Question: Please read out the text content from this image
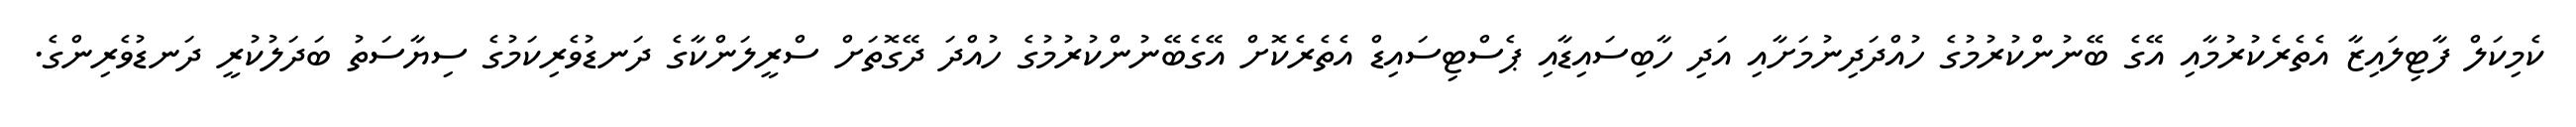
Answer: ކެމިކަލް ފާޓިލައިޒާ އެތެރެކުރުމާއި އޭގެ ބޭނުންކުރުމުގެ ހުއްދަދިނުމަށާއި އަދި ހާބިސައިޑާއި ޕެސްޓިސައިޑް އެތެރެކޮށް އޭގެބޭނުންކުރުމުގެ ހުއްދަ ދޭގޮތަށް ސްރީލަންކާގެ ދަނޑުވެރިކަމުގެ ސިޔާސަތު ބަދަލުކުރީ ދަނޑުވެރިންގެ.